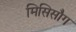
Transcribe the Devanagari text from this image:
मिसिसौग